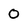
Character: 0